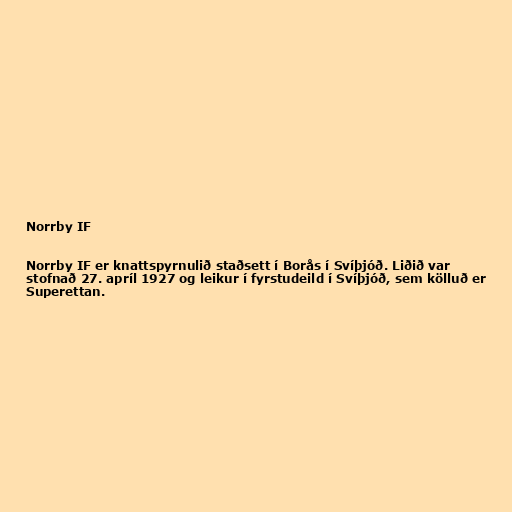
Norrby IF

Norrby IF er knattspyrnulið staðsett í Borås í Svíþjóð. Liðið var
stofnað 27. apríl 1927 og leikur í fyrstudeild í Svíþjóð, sem kölluð er
Superettan.